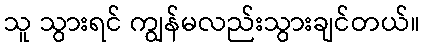
သူ သွားရင် ကျွန်မလည်းသွားချင်တယ်။